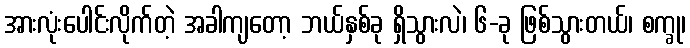
အားလုံးပေါင်းလိုက်တဲ့ အခါကျတော့ ဘယ်နှစ်ခု ရှိသွားလဲ၊ ၆-ခု ဖြစ်သွားတယ်၊ စက္ခု၊